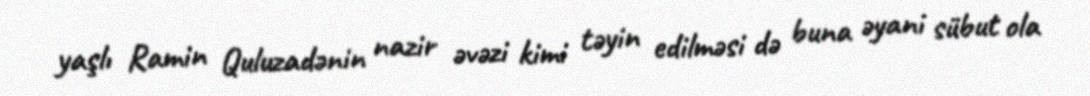
yaşlı Ramin Quluzadənin nazir əvəzi kimi təyin edilməsi də buna əyani sübut ola